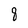
Character: 8